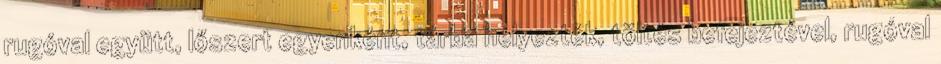
rugóval együtt, lőszert egyenként, tárba helyezték, töltés befejeztével, rugóval